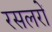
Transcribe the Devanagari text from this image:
रसलरों